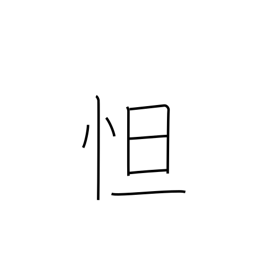
Meaning: be sad